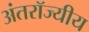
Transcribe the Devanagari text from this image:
अंतरॉज्यीय